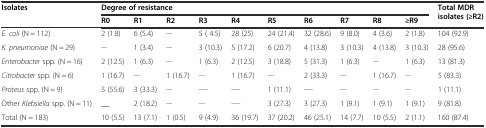
<table><thead><tr><td rowspan="2"><b>Isolates</b></td><td colspan="10"><b>Degree of resistance</b></td><td rowspan="2"><b>Total MDR isolates (≥R2)</b></td></tr><tr><td><b>R0</b></td><td><b>R1</b></td><td><b>R2</b></td><td><b>R3</b></td><td><b>R4</b></td><td><b>R5</b></td><td><b>R6</b></td><td><b>R7</b></td><td><b>R8</b></td><td><b>≥R9</b></td></tr></thead><tbody><tr><td><i>E. coli</i> (N = 112)</td><td>2 (1.8)</td><td>6 (5.4)</td><td><sup>__</sup></td><td>5 ( 4.5)</td><td>28 (25)</td><td>24 (21.4)</td><td>32 (28.6)</td><td>9 (8.0)</td><td>4 (3.6)</td><td>2 (1.8)</td><td>104 (92.9)</td></tr><tr><td><i>K. pneumoniae</i> (N = 29)</td><td><sup>__</sup></td><td>1 (3.4)</td><td><sup>__</sup></td><td>3 (10.3)</td><td>5 (17.2)</td><td>6 (20.7)</td><td>4 (13.8)</td><td>3 (10.3)</td><td>4 (13.8)</td><td>3 (10.3)</td><td>28 (95.6)</td></tr><tr><td><i>Enterobacter</i> spp<i>.</i> (N = 16)</td><td>2 (12.5)</td><td>1 (6.3)</td><td><sup>__</sup></td><td>1 (6.3)</td><td>2 (12.5)</td><td>3 (18.8)</td><td>5 (31.3)</td><td>1 (6.3)</td><td><sup>__</sup></td><td>1 (6.3)</td><td>13 (81.3)</td></tr><tr><td><i>Citrobacter</i> spp. (N = 6)</td><td>1 (16.7)</td><td><sup>__</sup></td><td>1 (16.7)</td><td><sup>__</sup></td><td>1 (16.7)</td><td><sup>__</sup></td><td>2 (33.3)</td><td><sup>__</sup></td><td>1 (16.7)</td><td><sup>__</sup></td><td>5 (83.3)</td></tr><tr><td><i>Proteus</i> spp. (N = 9)</td><td>5 (55.6)</td><td>3 (33.3)</td><td><sup>__</sup></td><td><sup>___</sup></td><td><sup>___</sup></td><td>1 (11.1)</td><td><sup>___</sup></td><td><sup>__</sup></td><td><sup>__</sup></td><td><sup>__</sup></td><td>1 (11.1)</td></tr><tr><td>Other <i>Klebsiella</i> spp. (N = 11)</td><td>__</td><td>2 (18.2)</td><td><sup>__</sup></td><td><sup>__</sup></td><td><sup>___</sup></td><td>3 (27.3)</td><td>3 (27.3)</td><td>1 (9.1)</td><td>1 (9.1)</td><td>1 (9.1)</td><td>9 (81.8)</td></tr><tr><td>Total (N = 183)</td><td>10 (5.5)</td><td>13 (7.1)</td><td>1 (0.5)</td><td>9 (4.9)</td><td>36 (19.7)</td><td>37 (20.2)</td><td>46 (25.1)</td><td>14 (7.7)</td><td>10 (5.5)</td><td>2 (1.1)</td><td>160 (87.4)</td></tr></tbody></table>